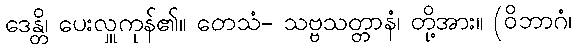
ဒေန္တိ၊ ပေးလှူကုန်၏။ တေသံ- သဗ္ဗသတ္တာနံ၊ တို့အား။ (ဝိဘာဂံ၊